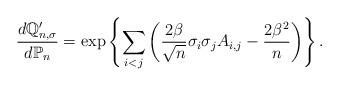
LaTeX: \begin{align*}\frac{d\mathbb{Q}_{n,\sigma}'}{d\mathbb{P}_{n}}= \exp \left\{ \sum_{i<j} \left(\frac{2\beta}{\sqrt{n}}\sigma_{i}\sigma_{j} A_{i,j}- \frac{2\beta^2}{n}\right) \right\}.\end{align*}